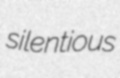
silentious